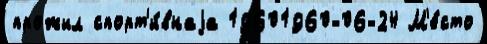
прожил спорт'и́внаjа 19601960-06-24 М'е́сто